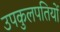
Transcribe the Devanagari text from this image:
उपकुलपतियों